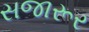
સજારૂર